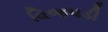
વિજપડી